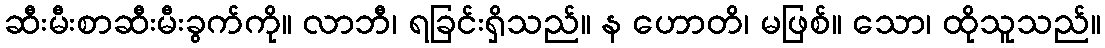
ဆီးမီးစာဆီးမီးခွက်ကို။ လာဘီ၊ ရခြင်းရှိသည်။ န ဟောတိ၊ မဖြစ်။ သော၊ ထိုသူသည်။